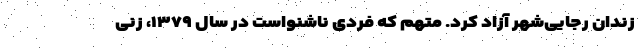
زندان رجایی‌شهر آزاد کرد. متهم که فردی ناشنواست در سال ۱۳۷۹، زنی